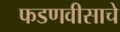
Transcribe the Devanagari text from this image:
फडणवीसाचे